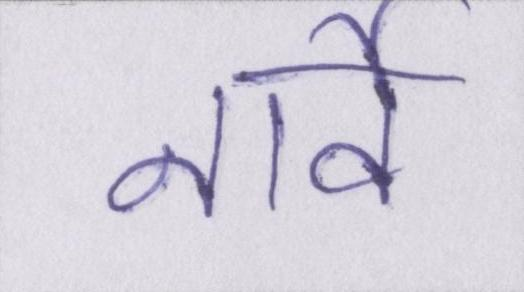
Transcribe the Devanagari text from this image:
नार्वे